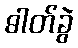
ဓါတ်ခွဲ